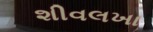
શીવલખા